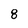
Character: 8